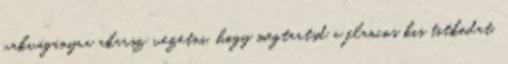
vakvágányra akarsz vezetni, hogy megtartsd a flancos kis titkodat,